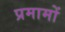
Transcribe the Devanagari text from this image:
प्रमामों